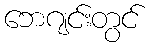
ဘေဂျင်းတွင်